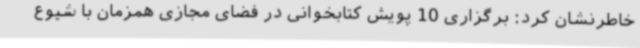
خاطرنشان کرد: برگزاری 10 پویش کتابخوانی در فضای مجازی همزمان با شیوع